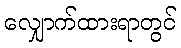
လျှောက်ထားရာတွင်